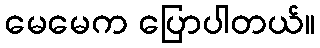
မေမေက ပြောပါတယ်။